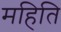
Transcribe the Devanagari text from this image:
महिति